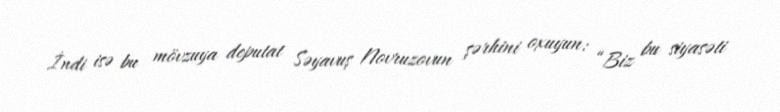
İndi isə bu mövzuya deputat Səyavuş Novruzovun şərhini oxuyun: “Biz bu siyasəti